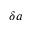
\delta \boldsymbol { a }